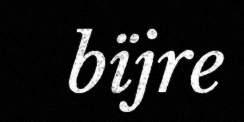
bïjre